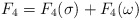
\begin{align*}F_4 = F_4(\sigma) + F_4(\omega)\end{align*}